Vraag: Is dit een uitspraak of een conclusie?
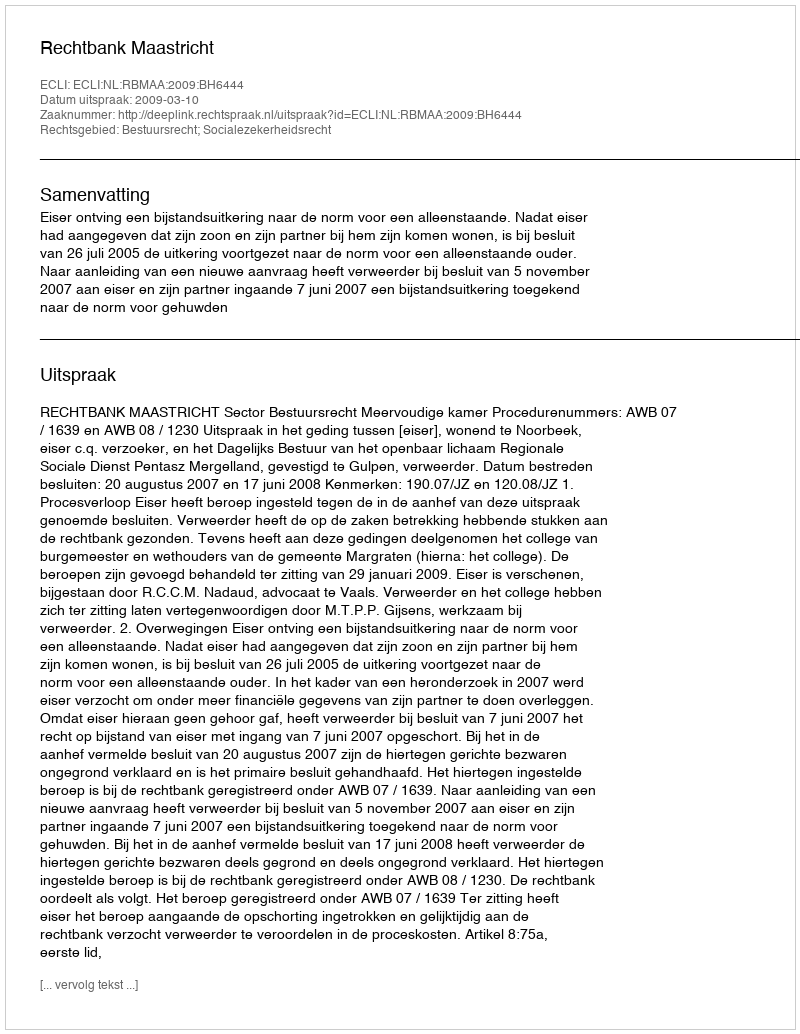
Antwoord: Uitspraak